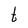
Character: t